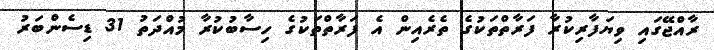
ރާއްޖޭގައި ވިޔަފާރިކުރާ ފަރާތްތަކުގެ ތެރެއިން އެ ފަރާތްތަކުގެ ހިސާބުކުރާ މުއްދަތު 31 ޑިސެންބަރު